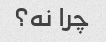
چرا نه؟